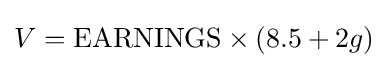
V={\text{EARNINGS}}\times (8.5+2g)